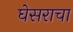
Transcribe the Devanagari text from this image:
घेसराचा